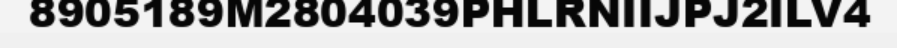
8905189M2804039PHLRNIIJPJ2ILV4